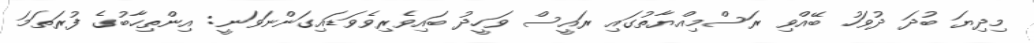
މިދިޔަ ބުދަ ދުވަހު ބޭއްވި ރަސްމިއްޔާތުގައި ރައީސް ވަހީދު ބައިވެރިވެވަޑައިގަންނަވަނީ: އިންތިހާބުގެ ފުރަތަމަ